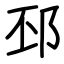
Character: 邳